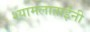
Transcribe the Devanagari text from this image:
श्यामलाताईंनी